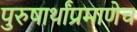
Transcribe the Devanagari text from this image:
पुरुषार्थांप्रमाणेच